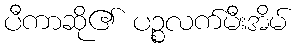
ပီကာဆို၏ ပဉ္စလက်မီးအိမ်